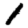
Digit: 1